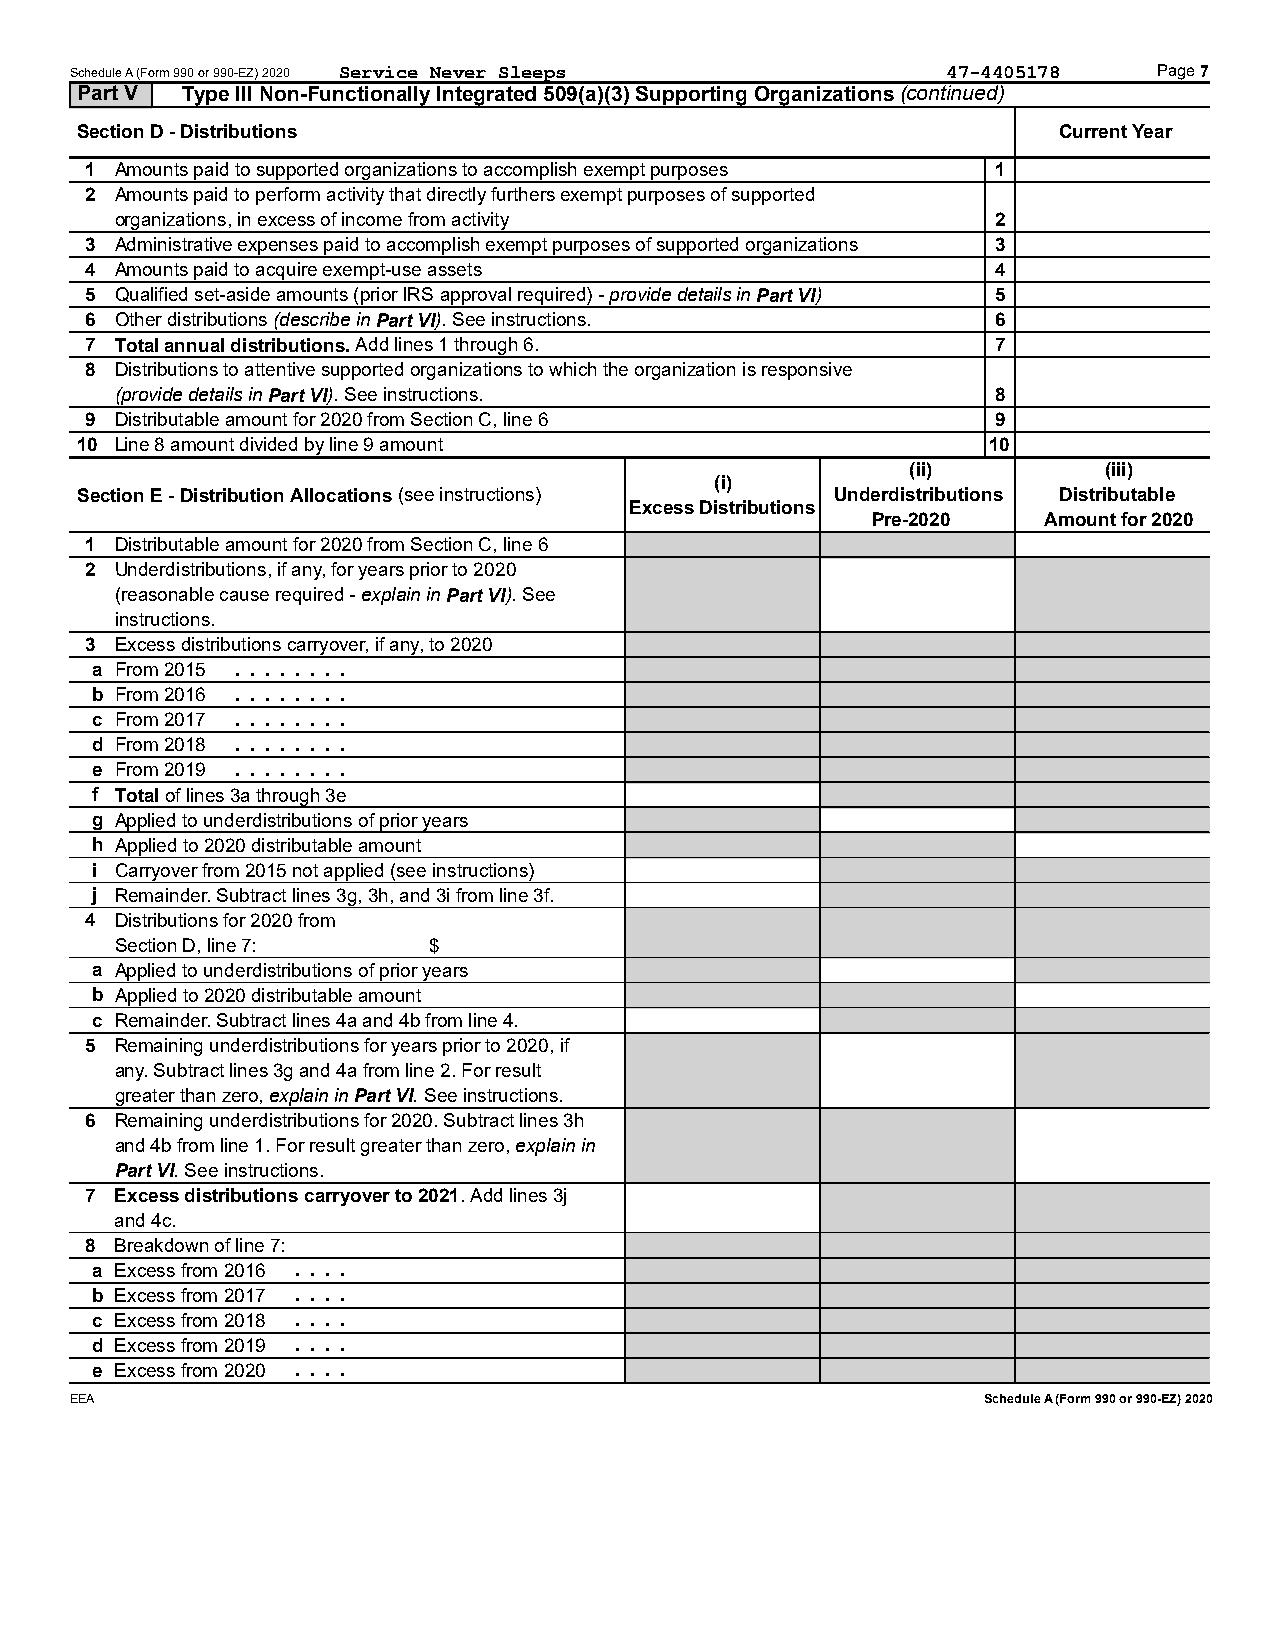
Schedule A (Form 990 or 990-EZ) 2020 Service Never Sleeps 47-4405178    Page 7
 Part V Type III Non-Functionally Integrated 509(a)(3) Supporting Organizations (continued)
 Section D - Distributions                                        Current Year
 1 Amounts paid to supported organizations to accomplish exempt purposes 1
 2 Amounts paid to perform activity that directly furthers exempt purposes of supported
 organizations, in excess of income from activity          2
 3 Administrative expenses paid to accomplish exempt purposes of supported organizations 3
 4 Amounts paid to acquire exempt-use assets                 4
 5 Qualified set-aside amounts (prior IRS approval required) - provide details in Part VI) 5
 6 Other distributions (describe in Part VI). See instructions. 6
 7 Total annual distributions. Add lines 1 through 6.        7
 8 Distributions to attentive supported organizations to which the organization is responsive
 (provide details in Part VI). See instructions.           8
 9 Distributable amount for 2020 from Section C, line 6      9
 10 Line 8 amount divided by line 9 amount                   10
 (ii)         (iii)
 (i)
 Section E - Distribution Allocations (see instructions) Underdistributions Distributable
 Excess Distributions
 Pre-2020   Amount for 2020
 1 Distributable amount for 2020 from Section C, line 6
 2 Underdistributions, if any, for years prior to 2020
 (reasonable cause required - explain in Part VI). See
 instructions.
 3 Excess distributions carryover, if any, to 2020
 . . . . . . . .
 a From 2015
 . . . . . . . .
 b From 2016
 . . . . . . . .
 c From 2017
 . . . . . . . .
 d From 2018
 . . . . . . . .
 e From 2019
 f Total of lines 3a through 3e
 g Applied to underdistributions of prior years
 h Applied to 2020 distributable amount
 i Carryover from 2015 not applied (see instructions)
 j Remainder. Subtract lines 3g, 3h, and 3i from line 3f.
 4 Distributions for 2020 from
 Section D, line 7:  $
 a Applied to underdistributions of prior years
 b Applied to 2020 distributable amount
 c Remainder. Subtract lines 4a and 4b from line 4.
 5 Remaining underdistributions for years prior to 2020, if
 any. Subtract lines 3g and 4a from line 2. For result
 greater than zero, explain in Part VI. See instructions.
 6 Remaining underdistributions for 2020. Subtract lines 3h
 and 4b from line 1. For result greater than zero, explain in
 Part VI. See instructions.
 7 Excess distributions carryover to 2021. Add lines 3j
 and 4c.
 8 Breakdown of line 7:
 . . . .
 a Excess from 2016
 . . . .
 b Excess from 2017
 . . . .
 c Excess from 2018
 . . . .
 d Excess from 2019
 . . . .
 e Excess from 2020
 EEA                                                         Schedule A (Form 990 or 990-EZ) 2020